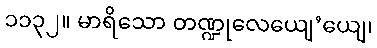
၁၁၃၂။ မာရိသော တဏ္ဍုလေယျေ’ယျေ၊